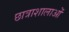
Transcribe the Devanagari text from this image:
छात्राशालाओं